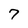
Character: 7